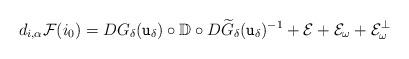
LaTeX: \begin{align*} d_{i, \alpha} {\cal F}(i_0 ) & = D G_\delta({\mathtt u}_\delta) \circ {\mathbb D} \circ D {\widetilde G}_\delta ({\mathtt u}_\delta)^{-1} + {\cal E} + {\cal E}_\omega + {\cal E}_\omega^\bot \end{align*}